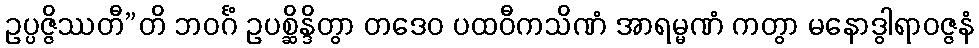
ဥပ္ပဇ္ဇိဿတီ”တိ ဘဝင်္ဂံ ဥပစ္ဆိန္ဒိတွာ တဒေဝ ပထဝီကသိဏံ အာရမ္မဏံ ကတွာ မနောဒွါရာဝဇ္ဇနံ